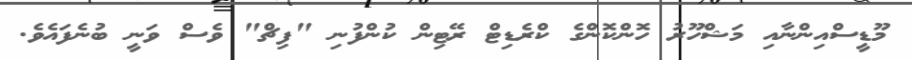
މޫޑީސްއިންނާއި މަޝްހޫރު ހޮންކޮންގެ ކްރެޑިޓް ރޭޓިން ކުންފުނި "ފިޗް" ވެސް ވަނީ ބުނެފައެވެ.